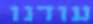
עודנו